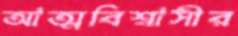
আত্মবিশ্বাসীর